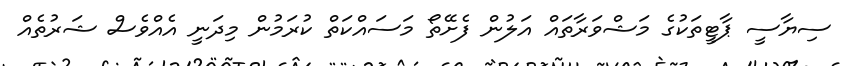
ސިޔާސީ ޕާޓީތަކުގެ މަޝްވަރާތައް އަލުން ފެށޭތޯ މަސައްކަތް ކުރަމުން މިދަނީ އެއްވެސް ޝަރުތެއް